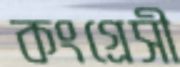
কংগ্রেসী